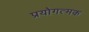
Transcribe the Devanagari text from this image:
प्रयोगत्मक